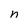
Character: n